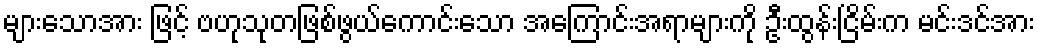
များသောအား ဖြင့် ဗဟုသုတဖြစ်ဖွယ်ကောင်းသော အကြောင်းအရာများကို ဦးထွန်းငြိမ်းက မင်းဒင်အား